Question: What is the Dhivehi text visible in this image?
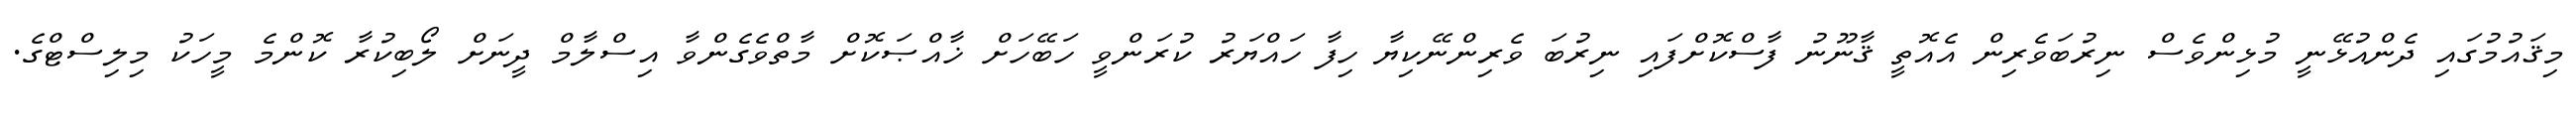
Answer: މިޤައުމުގައި ދެންއުޅޭނީ މުޅިންވެސް ނިރުބަވެރިން އެއޮތީ ޤާނޫނު ފާސްކޮށްފައި ނިރުބަ ވެރިންނޭކިޔާ ހިފާ ހައްޔަރު ކުރަންވީ ހަބޭހަށް ޚާއްޞަކޮށް މާތްވެގެންވާ އިސްލާމް ދީނަށް ލޯބިކުރާ ކޮންމެ މީހަކު މިލިސްޓްގެ.